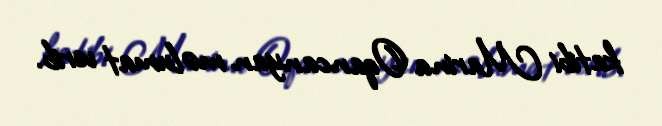
katibi Marina Oqancanyan məlumat verib.